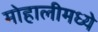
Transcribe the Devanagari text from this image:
मोहालीमध्ये